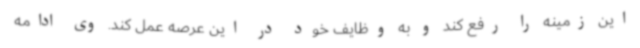
این زمینه را رفع کند و به وظایف خود در این عرصه عمل کند. وی ادامه